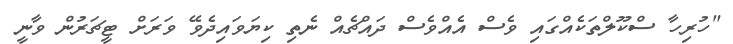
"ހުރިހާ ސްކޫލްތަކެއްގައި ވެސް އެއްވެސް ދައްޗެއް ނެތި ކިޔަވައިދެވޭ ވަރަށް ޓީޗަރުން ވާނީ